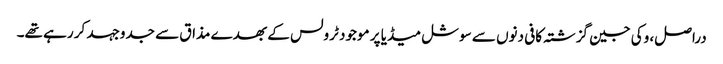
دراصل، وکی جین گزشتہ کافی دنوں سے سوشل میڈیا پر موجود ٹرولس کے بھدے مذاق سے جدوجہد کر رہے تھے۔